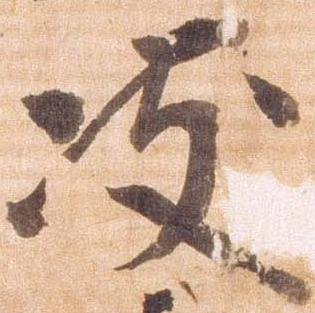
岐